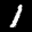
Digit: 1